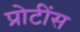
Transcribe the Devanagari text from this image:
प्रोटींस